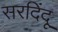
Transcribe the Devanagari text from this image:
सरदिंदू